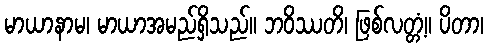
မာယာနာမ၊ မာယာအမည်ရှိသည်။ ဘဝိဿတိ၊ ဖြစ်လတ္တံ့။ ပိတာ၊